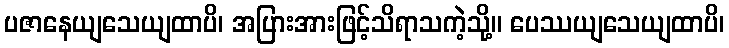
ပဇာနေယျသေယျထာပိ၊ အပြားအားဖြင့်သိရာသကဲ့သို့။ ပေဿယျသေယျထာပိ၊